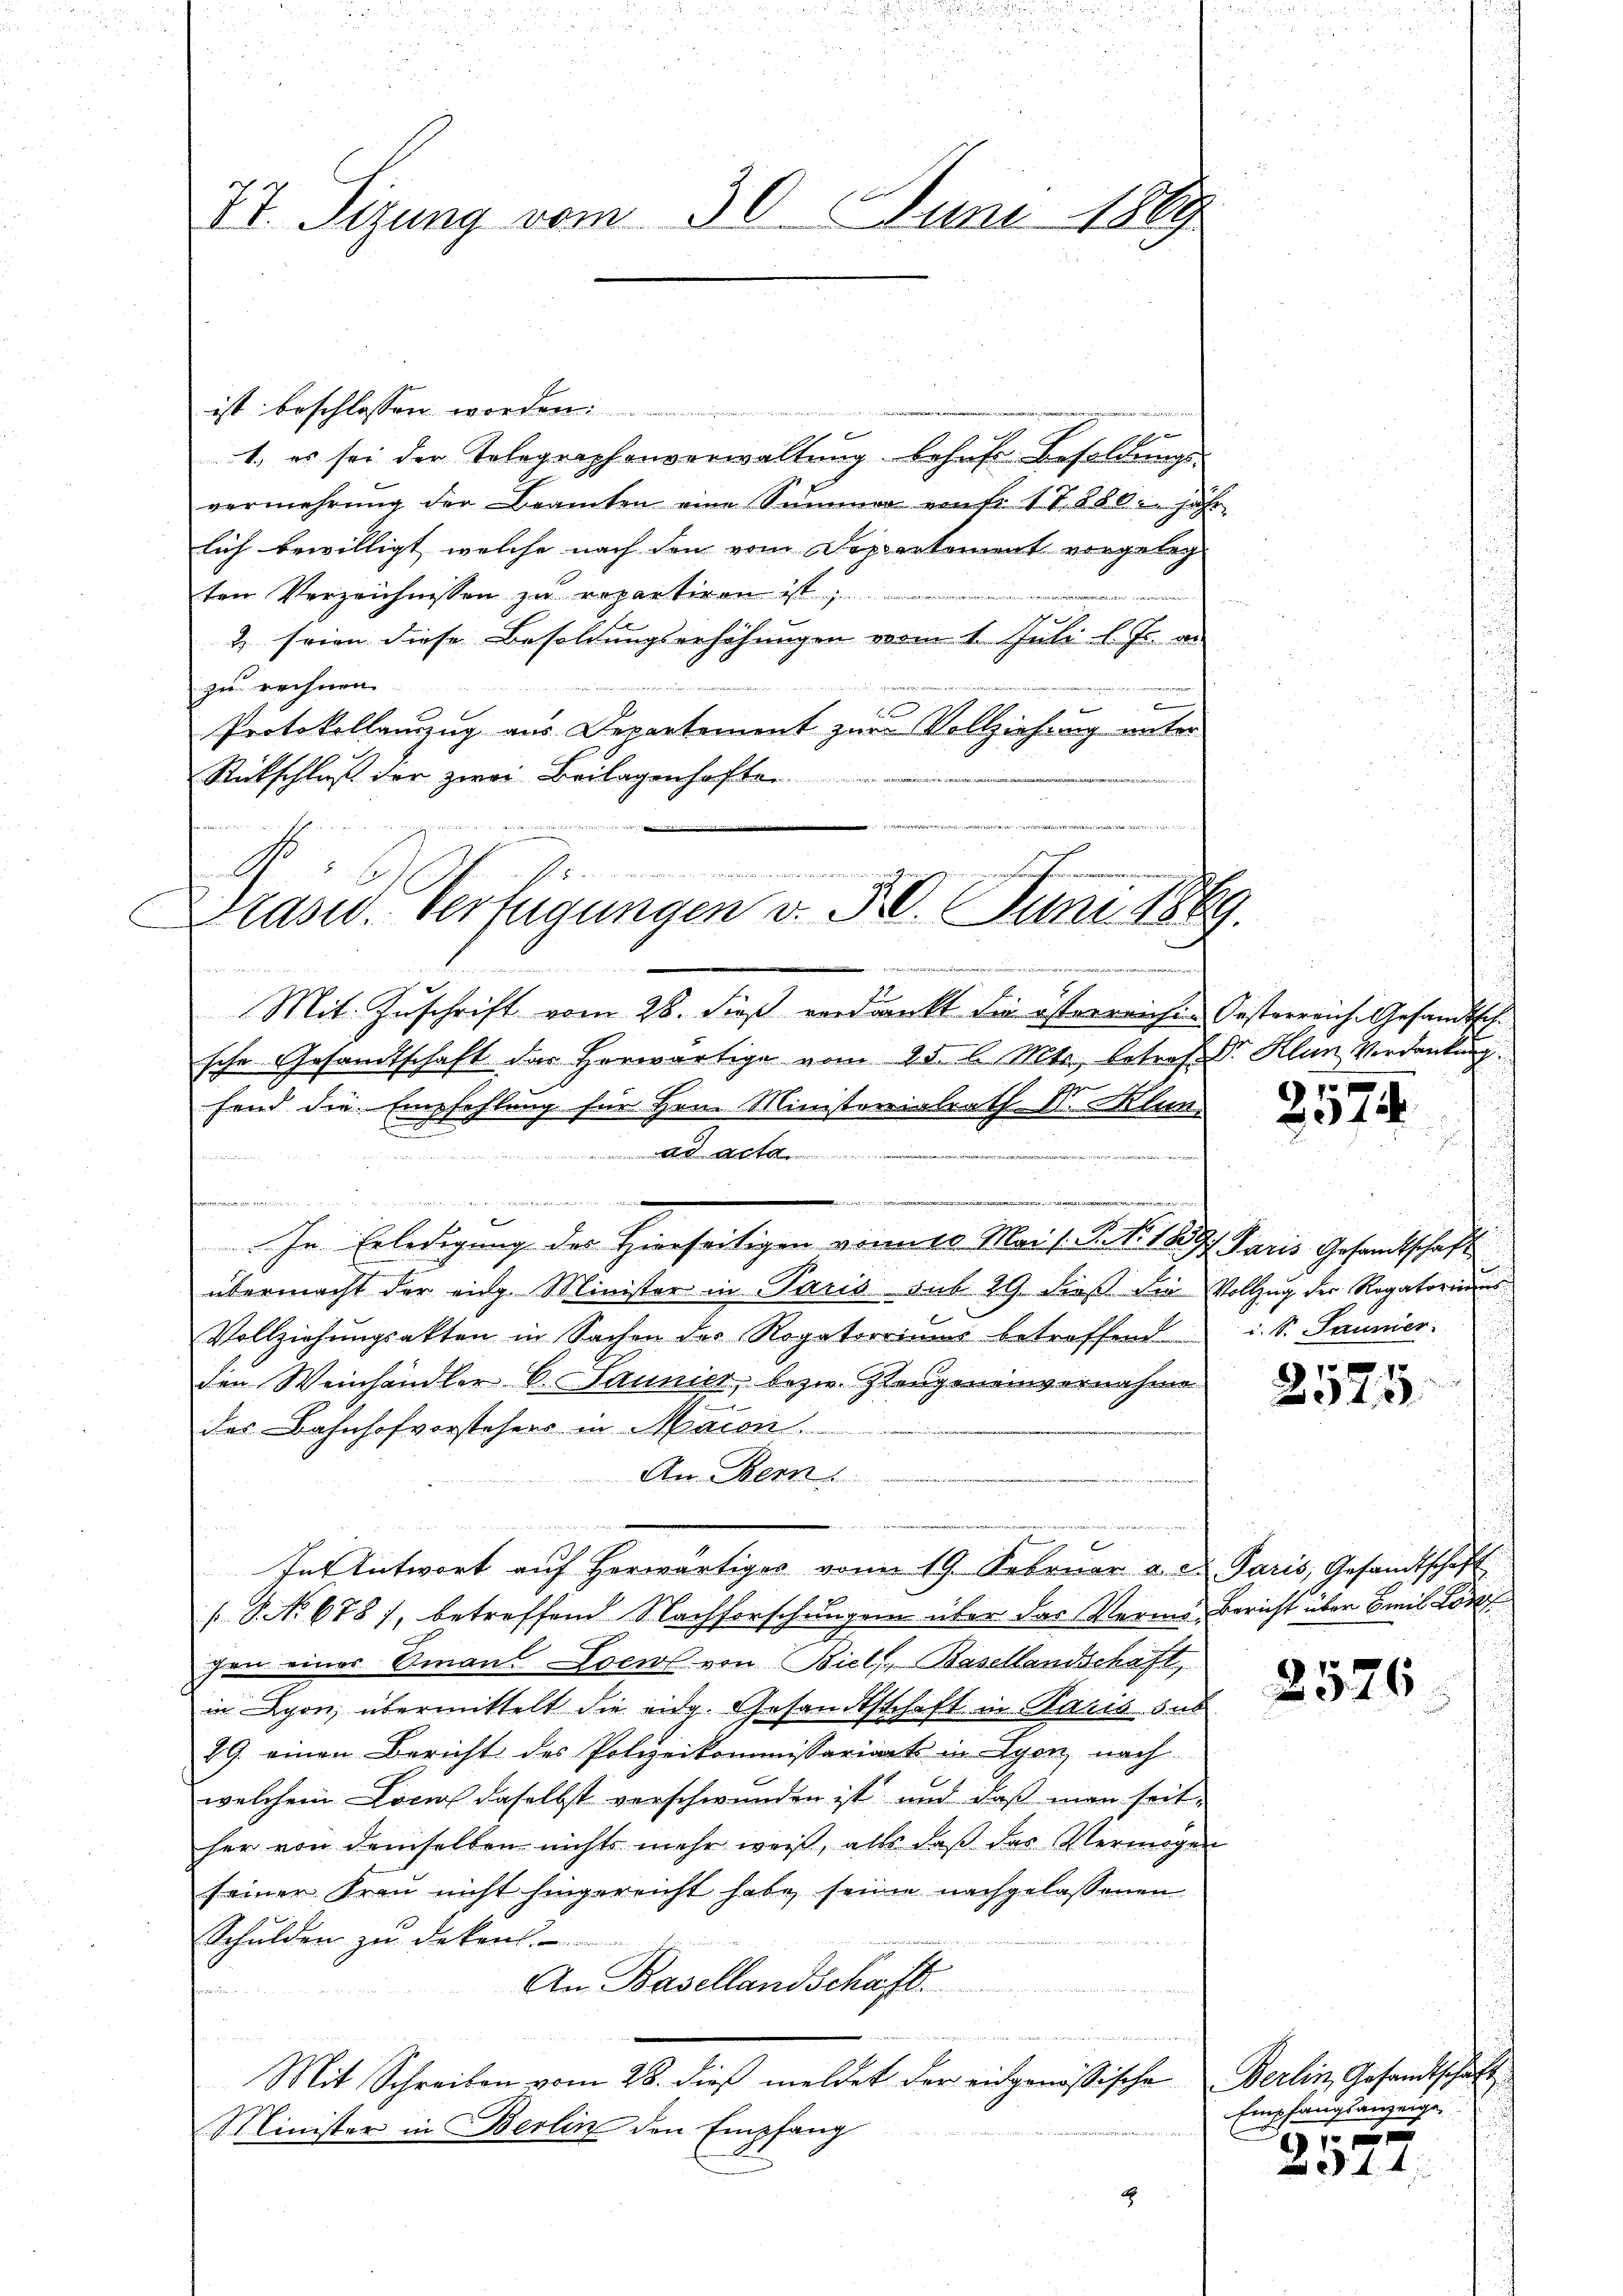
27. Sirung vom 30. Juni 1869

ist beschlossen worden.
f 0 x
1. es sei der Telegraphenverwaltung behufe Besoldungs-
80
vermehrŭng der Beamten eine Summer von fr. 17. 280. jähr
lich bewilligt, welche nach den vom Deppartement vorgeleg
ten Verzeichnissen zu repartiren ist,
2 seien diese Besoldungserhöhungen vom 1. Juli l. Js. an
zu rechnen
.
Protokollanzug aus Departement zur Vollziehung unter
Rückschlaß der zwei Beilagenhafte
Mit Zuschrift vom 28. dieß verdankt die österreichen Oesterreiche Gesandtsch.
sche Gesamtschaft das herwärtige vom 25. l. Mts., betref. Dr. Klun Verdankung
fand die Empfehlung für Hrn. Ministerialrath Dr. Klun

i
a
e
In Erledigung des Hierseitigen vomiso Mai s. S. Nr. 1897 Paris Gesandtschaft
u
übermacht der eidg. Minister in Paris sub 29. dieß die Vollzug der Rogatoriums
Vollziehungsakten in Sachen des Rogatoriums betreffend i. S. Saumer.
den Weinhändler B. Jaunier, bezw. Zeugeneinvernahme
des Bahnhofvorstehers in Maion.
An Bern
Int Antwort auf herwärtiges vom 19. Februar a. d. Paris, Gesandtschaft
 No 678), betreffend Nachforschungen über das Vermi- Bericht über Emil Lor
gen eines Sinaus Locios von Biel, Basellandschaft,
in Lyon, übermittelt die eidg. Gesandtschaft in Paris das
29. einen Bericht des Polizeikommissariant in Lyon, nach
welchem Local daselbst verschwunden ist und daß man seit
her von demselben nichts mehr weiß, alls daß das Vermögen
seiner Frau nicht hingereicht habe seine nachgelassenen
Schulden zŭ dekens.
An Basellandschaft.
m
u
Mit Schreiben vom 28. dieß meldet der eidgenössische Berlin, Gesandtschaft
Minister in Berlin den Empfang
2

tin
war der
n
Drase. Verfügungen d. 50. Juni 1869.

5
.
2042

2525.

2526

Empfangsanzeige,
1 f 0 x

44